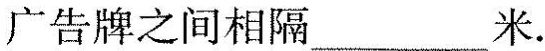
广告牌之间相隔___米。